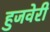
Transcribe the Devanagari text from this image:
हुजवेरी